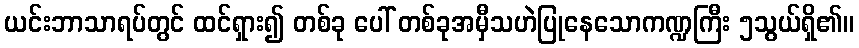
ယင်းဘာသာရပ်တွင် ထင်ရှား၍ တစ်ခု ပေါ် တစ်ခုအမှီသဟဲပြုနေသောကဏ္ဍကြီး ၅သွယ်ရှိ၏။